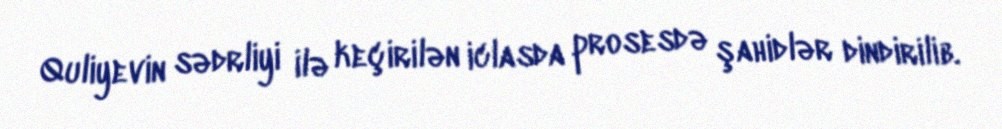
Quliyevin sədrliyi ilə keçirilən iclasda prosesdə şahidlər dindirilib.